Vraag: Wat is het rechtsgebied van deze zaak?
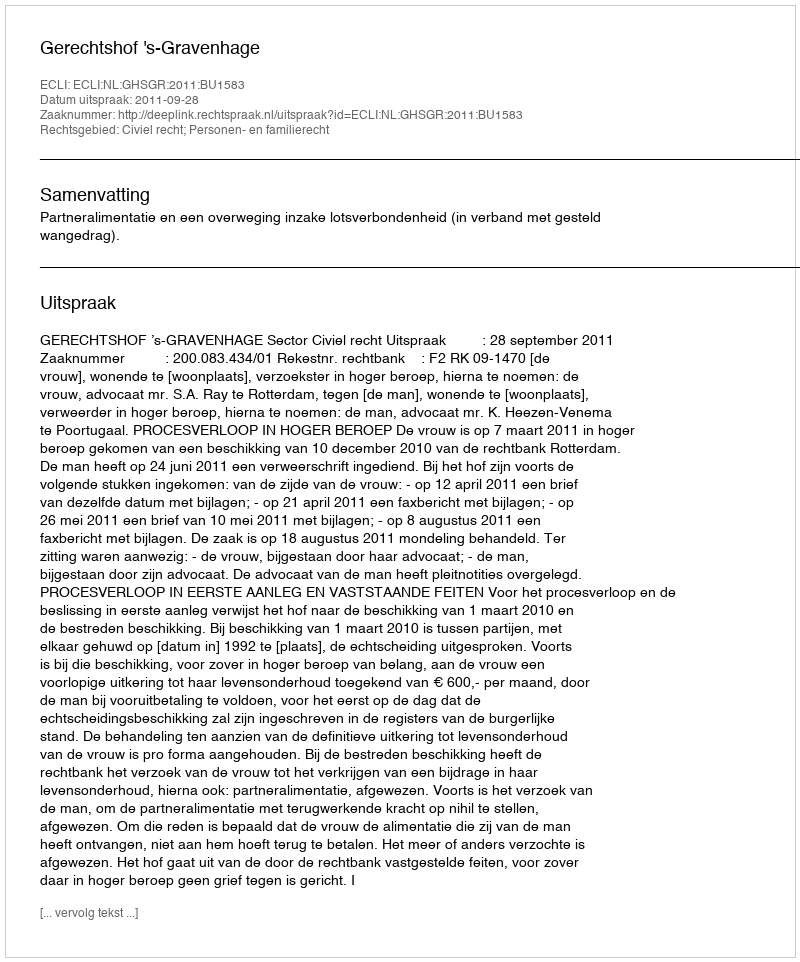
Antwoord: Civiel recht; Personen- en familierecht